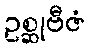
ဥစ္ဆုဗီဇံ